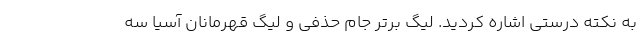
به نکته درستی اشاره کردید. لیگ برتر جام حذفی و لیگ قهرمانان آسیا سه